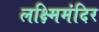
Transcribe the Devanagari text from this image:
लक्ष्मिमंदिर